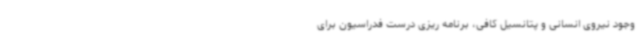
وجود نیروی انسانی و پتانسیل کافی، ‌برنامه ریزی درست فدراسیون برای